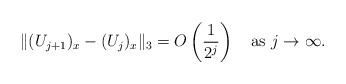
LaTeX: \begin{align*}\|(U_{j+1})_x-(U_j)_x\|_3 = O\left(\frac{1}{2^j}\right)\quad\mbox{as}\ j\rightarrow\infty.\end{align*}